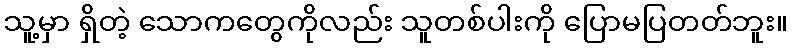
သူ့မှာ ရှိတဲ့ သောကတွေကိုလည်း သူတစ်ပါးကို ပြောမပြတတ်ဘူး။